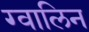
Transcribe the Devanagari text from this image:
ग्वालिन